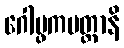
ဂေါပ္ဖကမတ္တာနိ